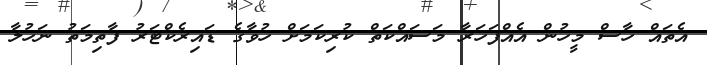
އެތައް ހާސް މީހުން އެެއްފަހަރާ މަސައްކަތް ކުރިކަމަށް ހުވާގެ ޑައިރެކްޓަރު ފާތިމަތު ނަހުލާ